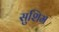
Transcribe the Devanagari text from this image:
सुशिम